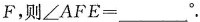
F，则\angle AFE=___^{\circ}.